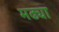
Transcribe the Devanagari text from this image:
मढ्या